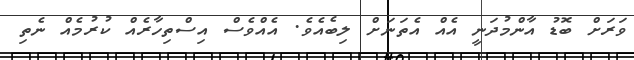
ވަރަށް ބޮޑު އާންމުދަނީ އެއް އެތަނަށް ލިބެއެވެ. އެއްވެސް އިސްތިހާރެއް ކުރުމެއް ނެތި